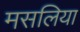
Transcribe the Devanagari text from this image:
मसलिया